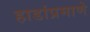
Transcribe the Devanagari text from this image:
हाडांप्रमाणे